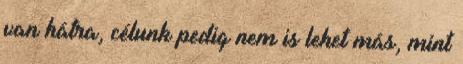
van hátra, célunk pedig nem is lehet más, mint